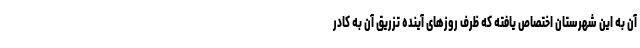
آن به این شهرستان اختصاص یافته که ظرف روزهای آینده تزریق آن به کادر